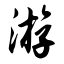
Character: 游